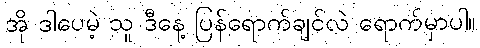
အို ဒါပေမဲ့ သူ ဒီနေ့ ပြန်ရောက်ချင်လဲ ရောက်မှာပါ။